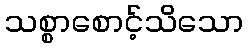
သစ္စာစောင့်သိသော